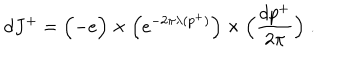
LaTeX: d J ^ { + } = \Bigl ( - e \Bigr ) \times \Bigl ( e ^ { - 2 \pi \lambda ( p ^ { + } ) } \Bigr ) \times \Bigl ( { \frac { d p ^ { + } } { 2 \pi } } \Bigr ) \; .